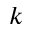
k